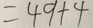
= 4 9 + 4